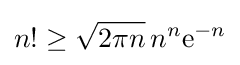
n!\geq {\sqrt {2\pi n}}\,n^{n}\mathrm {e} ^{-n}